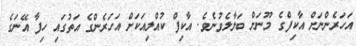
އަހަރެންނަށް އާކިފްގެ މޫނަށް ބަލާލެވުނެވެ. އާކިފް ކުއްލިއަކަށް އަހަރެންގެ އަތުގައި ހިފާ އޭނަގެ